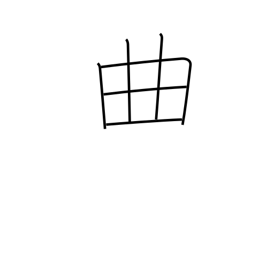
Meaning: fault